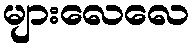
များလေလေ